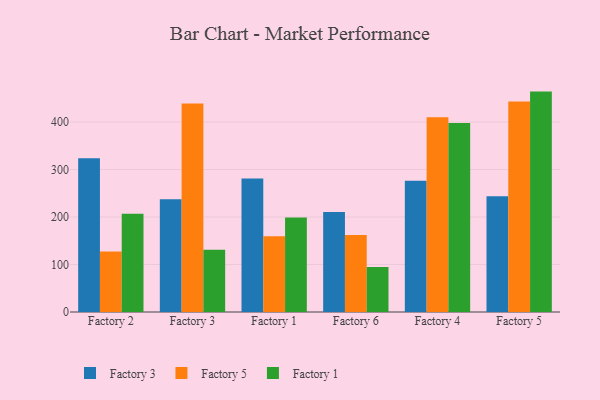
{"axis": {"x": "Factory", "y": "Backlog"}, "legend": ["Factory 1", "Factory 3", "Factory 5"], "data": [{"x": "Factory 2", "y": 323.7, "type": "Factory 3"}, {"x": "Factory 2", "y": 127.2, "type": "Factory 5"}, {"x": "Factory 2", "y": 206.6, "type": "Factory 1"}, {"x": "Factory 3", "y": 237.5, "type": "Factory 3"}, {"x": "Factory 3", "y": 439.0, "type": "Factory 5"}, {"x": "Factory 3", "y": 131.3, "type": "Factory 1"}, {"x": "Factory 1", "y": 281.1, "type": "Factory 3"}, {"x": "Factory 1", "y": 159.6, "type": "Factory 5"}, {"x": "Factory 1", "y": 199.1, "type": "Factory 1"}, {"x": "Factory 6", "y": 210.3, "type": "Factory 3"}, {"x": "Factory 6", "y": 161.9, "type": "Factory 5"}, {"x": "Factory 6", "y": 94.9, "type": "Factory 1"}, {"x": "Factory 4", "y": 276.1, "type": "Factory 3"}, {"x": "Factory 4", "y": 409.8, "type": "Factory 5"}, {"x": "Factory 4", "y": 397.7, "type": "Factory 1"}, {"x": "Factory 5", "y": 243.9, "type": "Factory 3"}, {"x": "Factory 5", "y": 443.1, "type": "Factory 5"}, {"x": "Factory 5", "y": 464.0, "type": "Factory 1"}]}